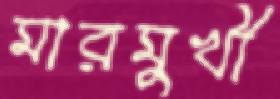
মারমুখী